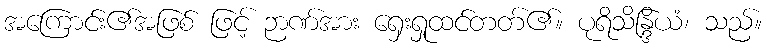
အကြောင်း၏အဖြစ် ဖြင့် ဉာဏ်အား ရှေးရှုထင်တတ်၏။ ပုရိသိန္ဒြိယံ၊ သည်။